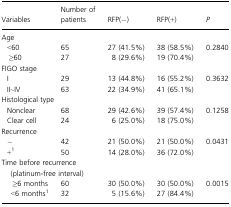
<table><thead><tr><td><b>Variables</b></td><td><b>Number of patients</b></td><td><b>RFP(−)</b></td><td><b>RFP(+)</b></td><td><b><i>P</i></b></td></tr></thead><tbody><tr><td colspan="5">Age</td></tr><tr><td> &lt;60</td><td>65</td><td>27 (41.5%)</td><td>38 (58.5%)</td><td>0.2840</td></tr><tr><td> ≥60</td><td>27</td><td>8 (29.6%)</td><td>19 (70.4%)</td><td></td></tr><tr><td colspan="5">FIGO stage</td></tr><tr><td> I</td><td>29</td><td>13 (44.8%)</td><td>16 (55.2%)</td><td>0.3632</td></tr><tr><td> II∼IV</td><td>63</td><td>22 (34.9%)</td><td>41 (65.1%)</td><td></td></tr><tr><td colspan="5">Histological type</td></tr><tr><td> Nonclear</td><td>68</td><td>29 (42.6%)</td><td>39 (57.4%)</td><td>0.1258</td></tr><tr><td> Clear cell</td><td>24</td><td>6 (25.0%)</td><td>18 (75.0%)</td><td></td></tr><tr><td colspan="5">Recurrence</td></tr><tr><td> −</td><td>42</td><td>21 (50.0%)</td><td>21 (50.0%)</td><td>0.0431</td></tr><tr><td> +1</td><td>50</td><td>14 (28.0%)</td><td>36 (72.0%)</td><td></td></tr><tr><td colspan="5">Time before recurrence (platinum-free interval)</td></tr><tr><td> ≥6 months</td><td>60</td><td>30 (50.0%)</td><td>30 (50.0%)</td><td>0.0015</td></tr><tr><td> &lt;6 months1</td><td>32</td><td>5 (15.6%)</td><td>27 (84.4%)</td><td></td></tr></tbody></table>